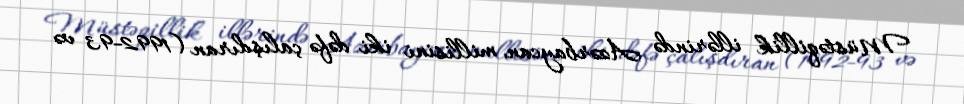
Müstəqillik illərində Azərbaycan millisini iki dəfə çalışdıran (1992-93 və